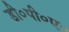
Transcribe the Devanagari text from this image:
डी०पी०ए०